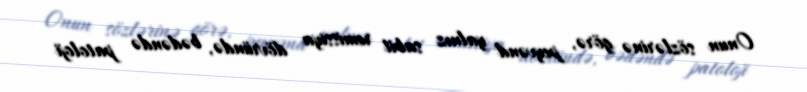
Onun sözlərinə görə, peyvənd yalnız sabit remissiya dövründə, bədəndə patoloji